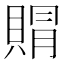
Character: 𮚐